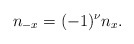
\begin{align*}n_{-x}=(-1)^{\nu}n_{x}. \end{align*}